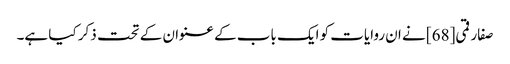
صفار قمی[68] نے ان روایات کو ایک باب کے عنوان کے تحت ذکر کیا ہے۔